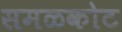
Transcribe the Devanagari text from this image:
समळकोट